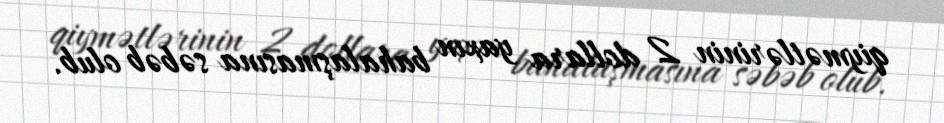
qiymətlərinin 2 dollara yaxın bahalaşmasına səbəb olub.